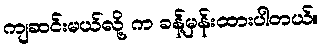
ကျဆင်းမယ်လို့ က ခန့်မှန်းထားပါတယ်။